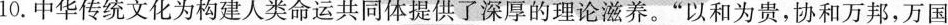
10.中华传统文化为构建人类命运共同体提供了深厚的理论滋养。”以和为贵，协和万邦，万国